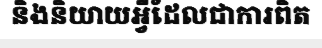
និងនិយាយអ្វីដែលជាការពិត